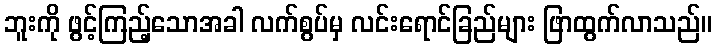
ဘူးကို ဖွင့်ကြည့်သောအခါ လက်စွပ်မှ လင်းရောင်ခြည်များ ဖြာထွက်လာသည်။